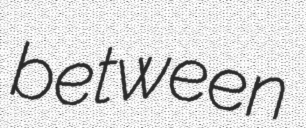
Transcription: between